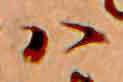
ハ